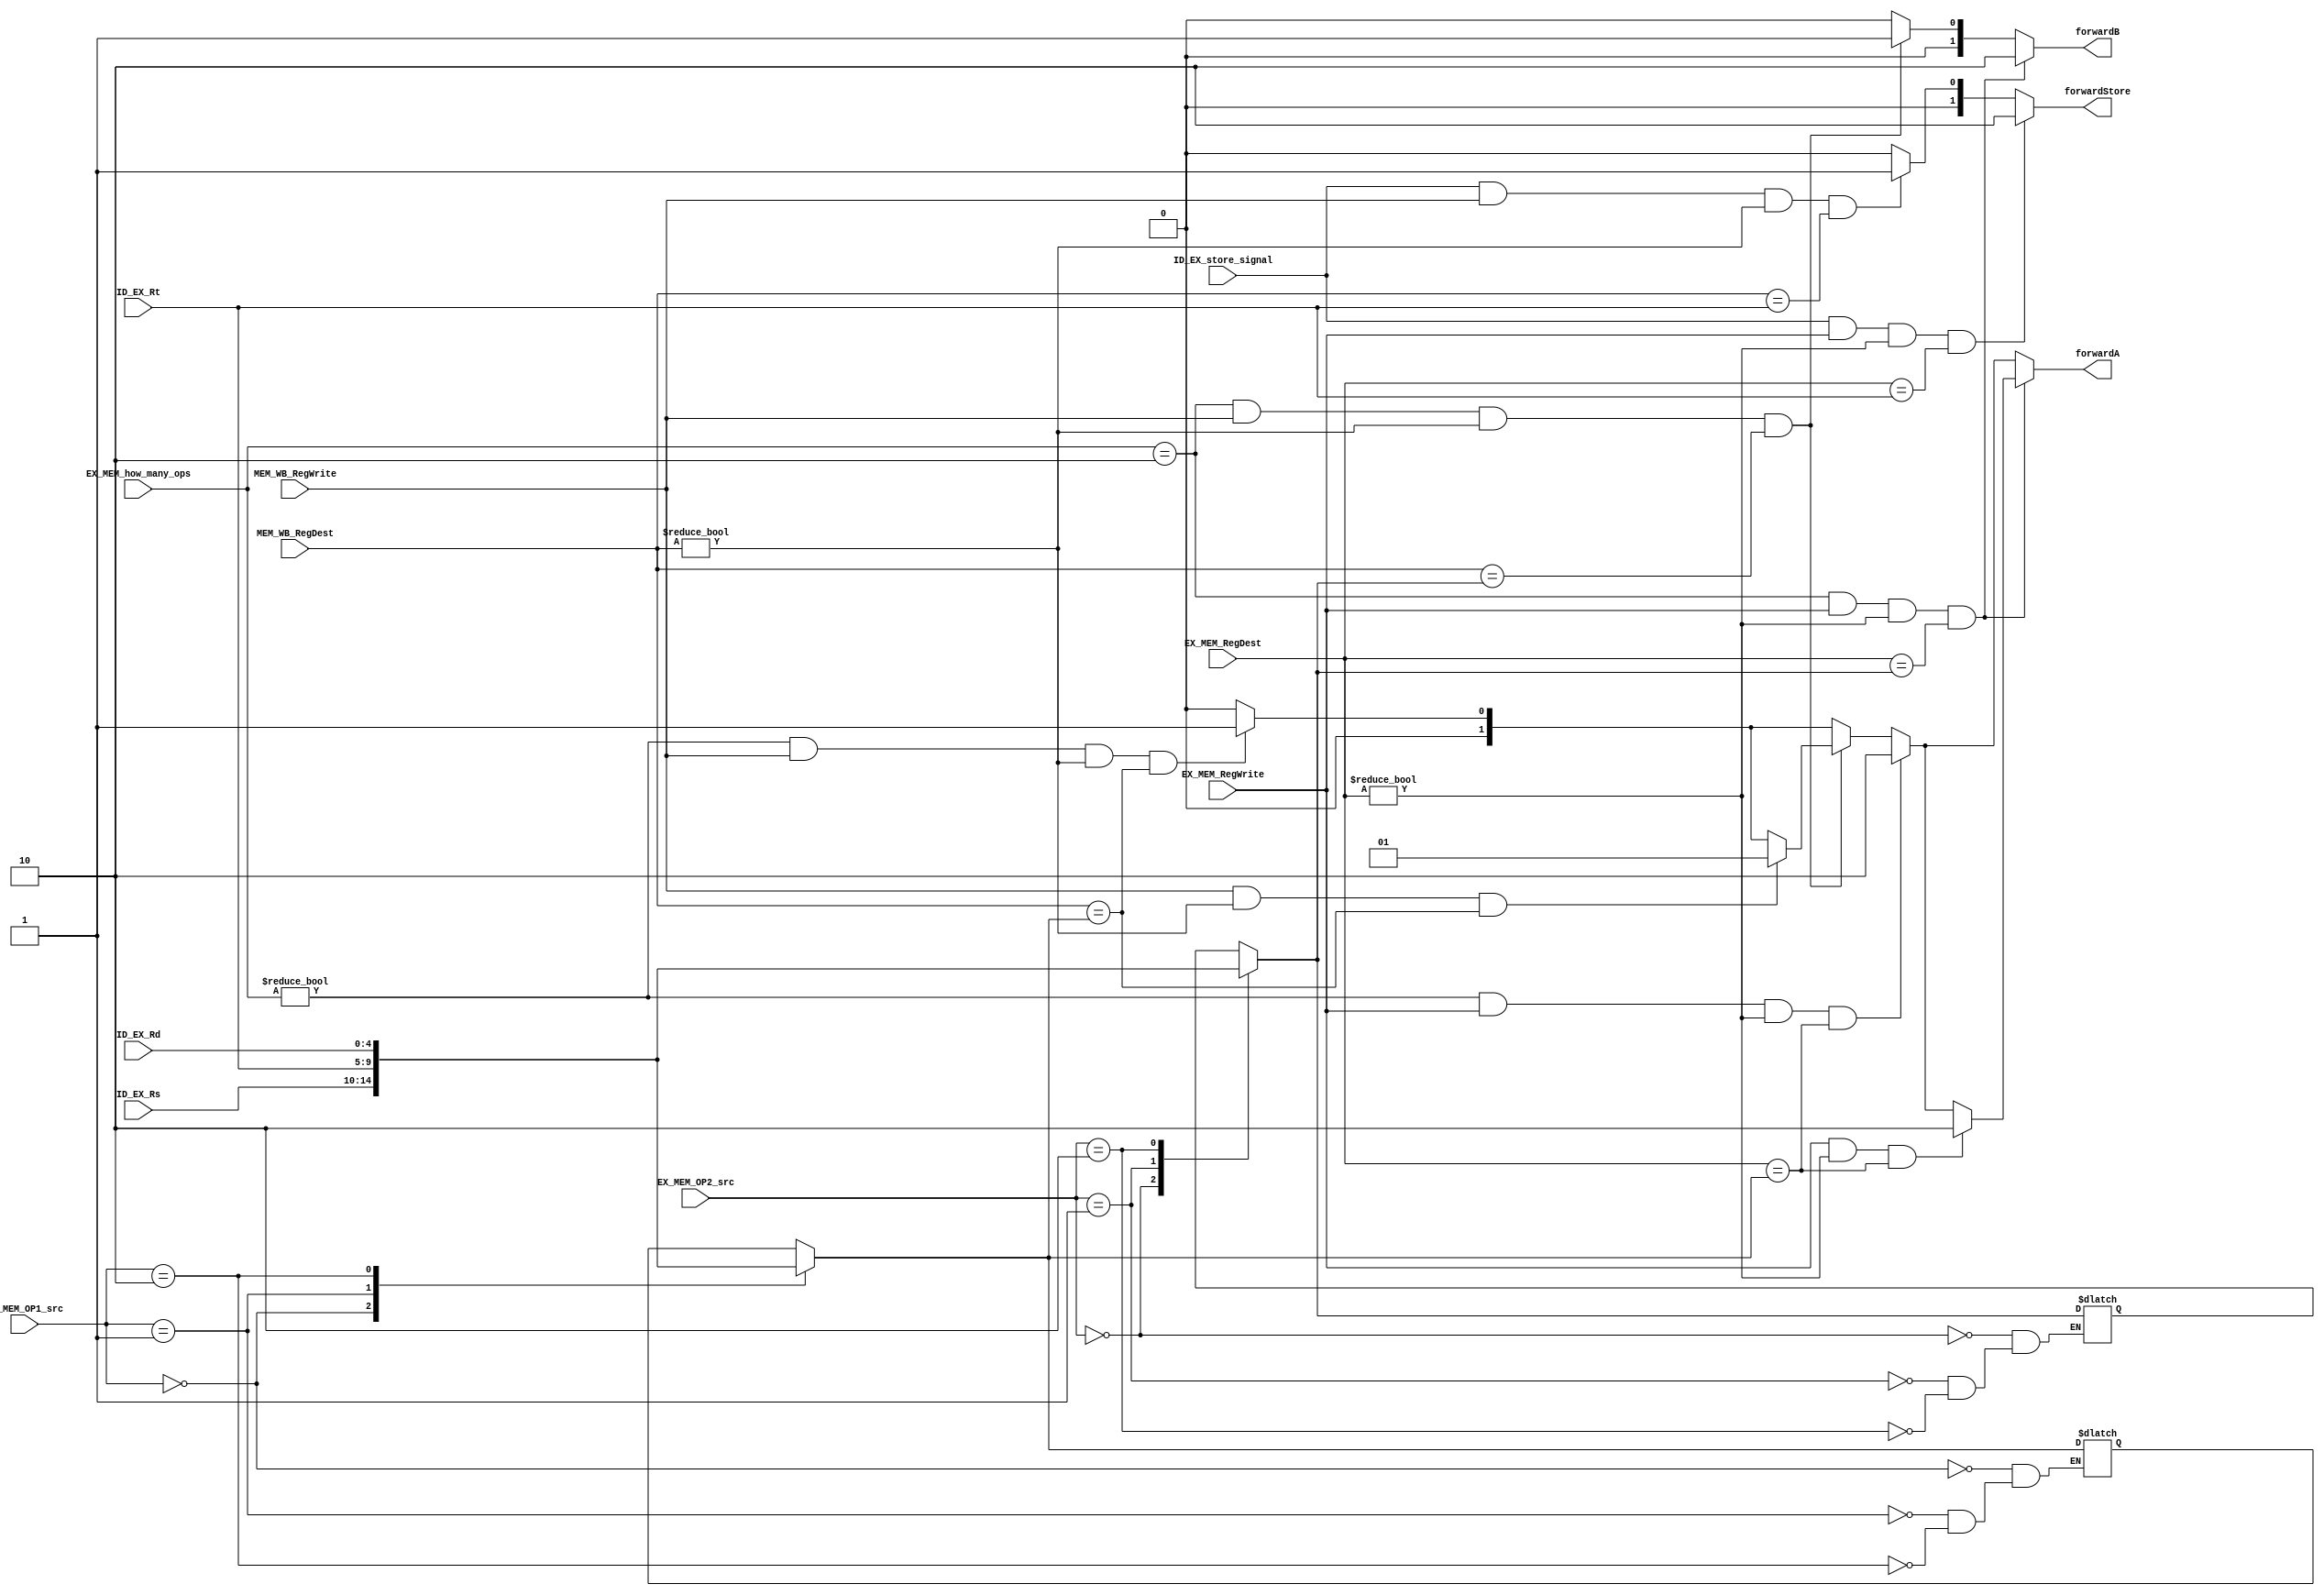
module forwarding_unit(EX_MEM_RegWrite, EX_MEM_RegDest, MEM_WB_RegWrite, MEM_WB_RegDest, ID_EX_Rs, ID_EX_Rt, ID_EX_Rd,forwardA,forwardB,EX_MEM_OP1_src, EX_MEM_OP2_src, EX_MEM_how_many_ops,forwardStore,ID_EX_store_signal);
input EX_MEM_RegWrite,MEM_WB_RegWrite,ID_EX_store_signal;
input [1:0] EX_MEM_OP1_src, EX_MEM_OP2_src,EX_MEM_how_many_ops;
input [4:0] EX_MEM_RegDest, ID_EX_Rs, ID_EX_Rt, ID_EX_Rd,MEM_WB_RegDest;
output reg[1:0] forwardA, forwardB,forwardStore;
reg [4:0] OP1, OP2;
initial begin
forwardA = 2'b00; //defualt case
forwardB = 2'b00;
forwardStore = 2'b00;
end

always @* begin
forwardA = 2'b00;
forwardB = 2'b00;
forwardStore = 2'b00;
case(EX_MEM_OP1_src)
2'b00: OP1 = ID_EX_Rs;
2'b01: OP1 = ID_EX_Rt;
2'b10: OP1 = ID_EX_Rd;
endcase
case(EX_MEM_OP2_src)
2'b00: OP2 = ID_EX_Rs;
2'b01: OP2 = ID_EX_Rt;
2'b10: OP2 = ID_EX_Rd;
endcase

//MEM
if(ID_EX_store_signal && MEM_WB_RegWrite && (MEM_WB_RegDest != 5'd0) && MEM_WB_RegDest == ID_EX_Rt)
begin
forwardStore = 2'b01;
end

if(EX_MEM_how_many_ops != 2'b00 && MEM_WB_RegWrite && (MEM_WB_RegDest != 5'd0) && MEM_WB_RegDest == OP1) begin
forwardA = 2'b01;
if(EX_MEM_how_many_ops == 2'b10 && MEM_WB_RegWrite && (MEM_WB_RegDest != 5'd0) && MEM_WB_RegDest == OP2) forwardB = 2'b01;
end

if(EX_MEM_how_many_ops == 2'b10 && MEM_WB_RegWrite && (MEM_WB_RegDest != 5'd0) && MEM_WB_RegDest == OP2) begin
forwardB = 2'b01;
if(MEM_WB_RegWrite && (MEM_WB_RegDest != 5'd0) && MEM_WB_RegDest == OP1) forwardA = 2'b01;
end
// EX Hazard
if(ID_EX_store_signal && EX_MEM_RegWrite && (EX_MEM_RegDest != 5'd0) && EX_MEM_RegDest == ID_EX_Rt)
begin
forwardStore = 2'b10;
end
if(EX_MEM_how_many_ops != 2'b00 && EX_MEM_RegWrite && (EX_MEM_RegDest != 5'd0) && EX_MEM_RegDest == OP1) begin
forwardA = 2'b10;
if(EX_MEM_how_many_ops == 2'b10 && EX_MEM_RegWrite && (EX_MEM_RegDest != 5'd0) && EX_MEM_RegDest == OP2) forwardB = 2'b10;
end

if(EX_MEM_how_many_ops == 2'b10 && EX_MEM_RegWrite && (EX_MEM_RegDest != 5'd0) && EX_MEM_RegDest == OP2) begin
forwardB = 2'b10;
if(EX_MEM_RegWrite && (EX_MEM_RegDest != 5'd0) && EX_MEM_RegDest == OP1) forwardA = 2'b10;
end

end
endmodule